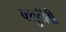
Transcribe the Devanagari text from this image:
क्युटीवी